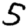
Digit: 5